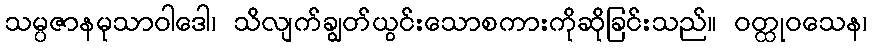
သမ္ပဇာနမုသာဝါဒေါ၊ သိလျက်ချွတ်ယွင်းသောစကားကိုဆိုခြင်းသည်။ ဝတ္ထုဝသေန၊